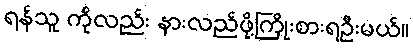
ရန်သူ ကိုလည်း နားလည်ဖို့ကြိုးစားရဦးမယ်။